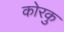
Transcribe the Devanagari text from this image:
कोरकु